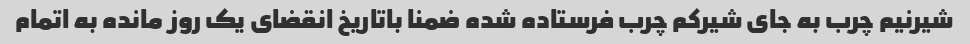
شیرنیم چرب به جای شیرکم چرب فرستاده شده ضمنا باتاریخ انقضای یک روز مانده به اتمام